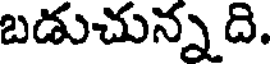
బడుచున్న ది.